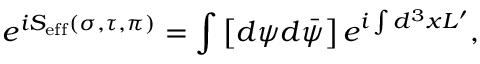
e ^ { i S _ { \mathrm { e f f } } ( \sigma , \tau , \pi ) } = \int \left[ d \psi d \bar { \psi } \right] e ^ { i \int d ^ { 3 } x { \cal L } ^ { \prime } } ,